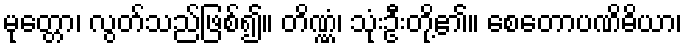
မုတ္တော၊ လွတ်သည်ဖြစ်၍။ တိဏ္ဏံ၊ သုံးဦးတို့၏။ စေတောပဏိဓိယာ၊